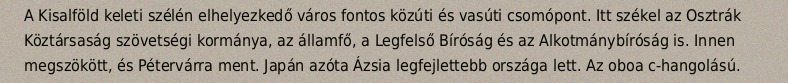
A Kisalföld keleti szélén elhelyezkedő város fontos közúti és vasúti csomópont. Itt székel az Osztrák Köztársaság szövetségi kormánya, az államfő, a Legfelső Bíróság és az Alkotmánybíróság is. Innen megszökött, és Pétervárra ment. Japán azóta Ázsia legfejlettebb országa lett. Az oboa c-hangolású.